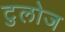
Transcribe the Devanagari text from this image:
टुलोज